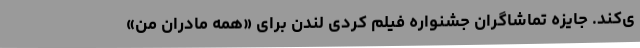
ی‌کند. جایزه تماشاگران جشنواره فیلم کُردی لندن برای «همه مادران من»